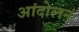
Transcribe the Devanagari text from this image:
आंदोलनं